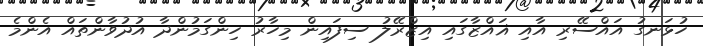
ހުޅަނގު އައްސޭރި އާއި ޣައްޒާގައި އިޒްރޭލު ސިފައިން މިހާރު ހިންގަމުންދާ އުދުވާންތައް އެންމެ